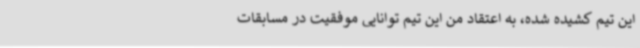
این تیم کشیده شده، به اعتقاد من این تیم توانایی موفقیت در مسابقات